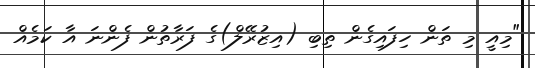
"މިއީ މި ތަން ހިފައިގެން ތިބި (އިޒުރޭލް)ގެ ފަރާތުން ފެންނަ އާ ކަމެއް